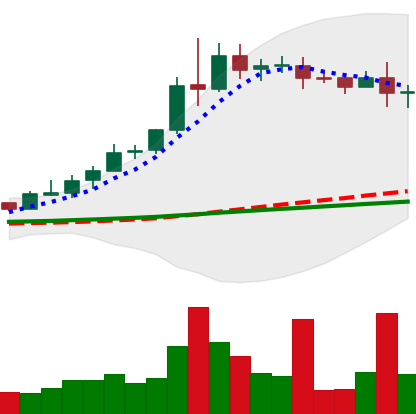
Ticker: XRP-USD
Chart end date: 2020-08-12
Forward return: 10.472%
Label: up_7plus